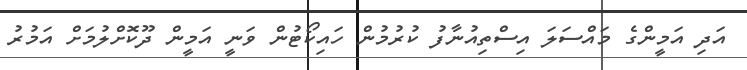
އަދި އަމީންގެ މައްސަލަ އިސްތިއުނާފު ކުރުމުން ހައިކޯޓުން ވަނީ އަމީން ދޫކޮށްލުމަށް އަމުރު